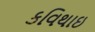
કવિથાઇ